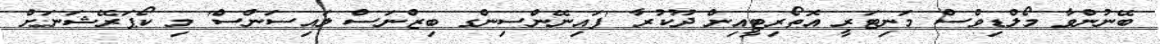
ބޭނުންވާ މޯލްޑިވްސް މަނިޓަރީ އޮތޯރިޓީއިން ދޫކުރާ 'ފައިނޭންސިންގ ބިޒްނަސް ލައިސަންސް' މި ކޯޕަރޭޝަނަށް